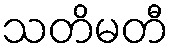
သတိမတီ